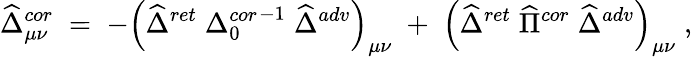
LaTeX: \widehat{\Delta}_{\mu\nu}^{cor}\; =\; -\left(\widehat{\Delta}^{ret}\; \left.{\Delta}_{0}^{cor}\right.^{-1}\; \widehat{\Delta}^{adv}\right)_{\mu\nu}\; +\; \left(\widehat{\Delta}^{ret}\; \widehat{\Pi}^{cor}\; \widehat{\Delta}^{adv}\right)_{\mu\nu}\; ,